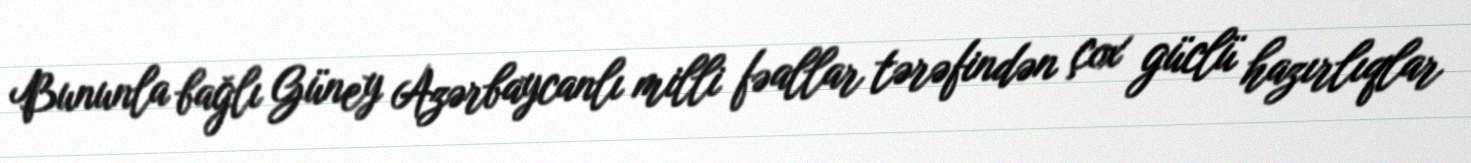
Bununla bağlı Güney Azərbaycanlı milli fəallar tərəfindən çox güclü hazırlıqlar